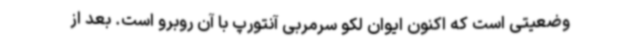
وضعیتی است که اکنون ایوان لکو سرمربی آنتورپ با آن روبرو است. بعد از